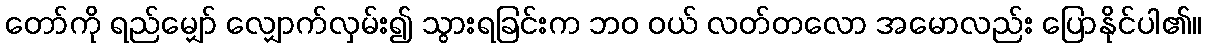
တော်ကို ရည်မျှော် လျှောက်လှမ်း၍ သွားရခြင်းက ဘဝ ဝယ် လတ်တလော အမောလည်း ပြောနိုင်ပါ၏။